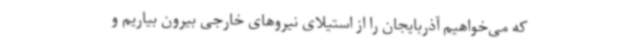
که می‌خواهیم آذربایجان را از استیلای نیروهای خارجی بیرون بیاریم و